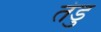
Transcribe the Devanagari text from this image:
तंडु